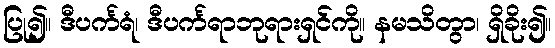
ပြု၍။ ဒီပင်္ကရံ၊ ဒီပင်္ကရာဘုရားရှင်ကို။ နမသိတွာ၊ ရှိခိုး၍။